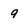
Character: 9